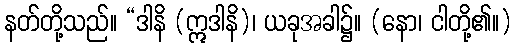
နတ်တို့သည်။ “ဒါနိ (ဣဒါနိ)၊ ယခုအခါ၌။ (နော၊ ငါတို့၏။)